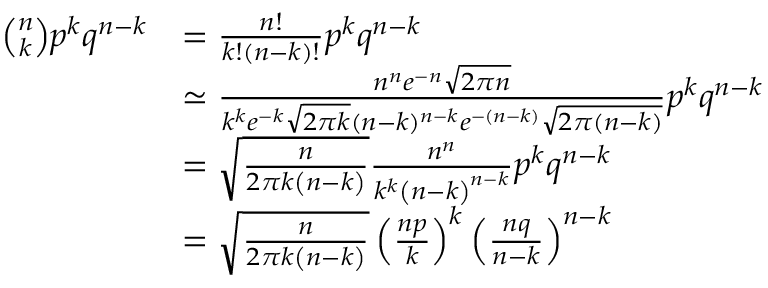
{ \begin{array} { r l } { { \binom { n } { k } } p ^ { k } q ^ { n - k } } & { = { \frac { n ! } { k ! ( n - k ) ! } } p ^ { k } q ^ { n - k } } \\ & { \simeq { \frac { n ^ { n } e ^ { - n } { \sqrt { 2 \pi n } } } { k ^ { k } e ^ { - k } { \sqrt { 2 \pi k } } ( n - k ) ^ { n - k } e ^ { - ( n - k ) } { \sqrt { 2 \pi ( n - k ) } } } } p ^ { k } q ^ { n - k } } \\ & { = { \sqrt { \frac { n } { 2 \pi k \left( n - k \right) } } } { \frac { n ^ { n } } { k ^ { k } \left( n - k \right) ^ { n - k } } } p ^ { k } q ^ { n - k } } \\ & { = { \sqrt { \frac { n } { 2 \pi k \left( n - k \right) } } } \left( { \frac { n p } { k } } \right) ^ { k } \left( { \frac { n q } { n - k } } \right) ^ { n - k } } \end{array} }